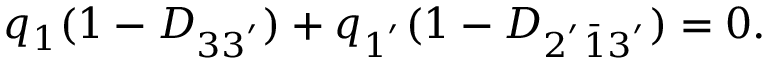
q _ { 1 } ( 1 - D _ { 3 3 ^ { ' } } ) + q _ { 1 ^ { ' } } ( 1 - D _ { 2 ^ { ' } \bar { 1 } 3 ^ { ' } } ) = 0 .